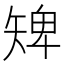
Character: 𥏠